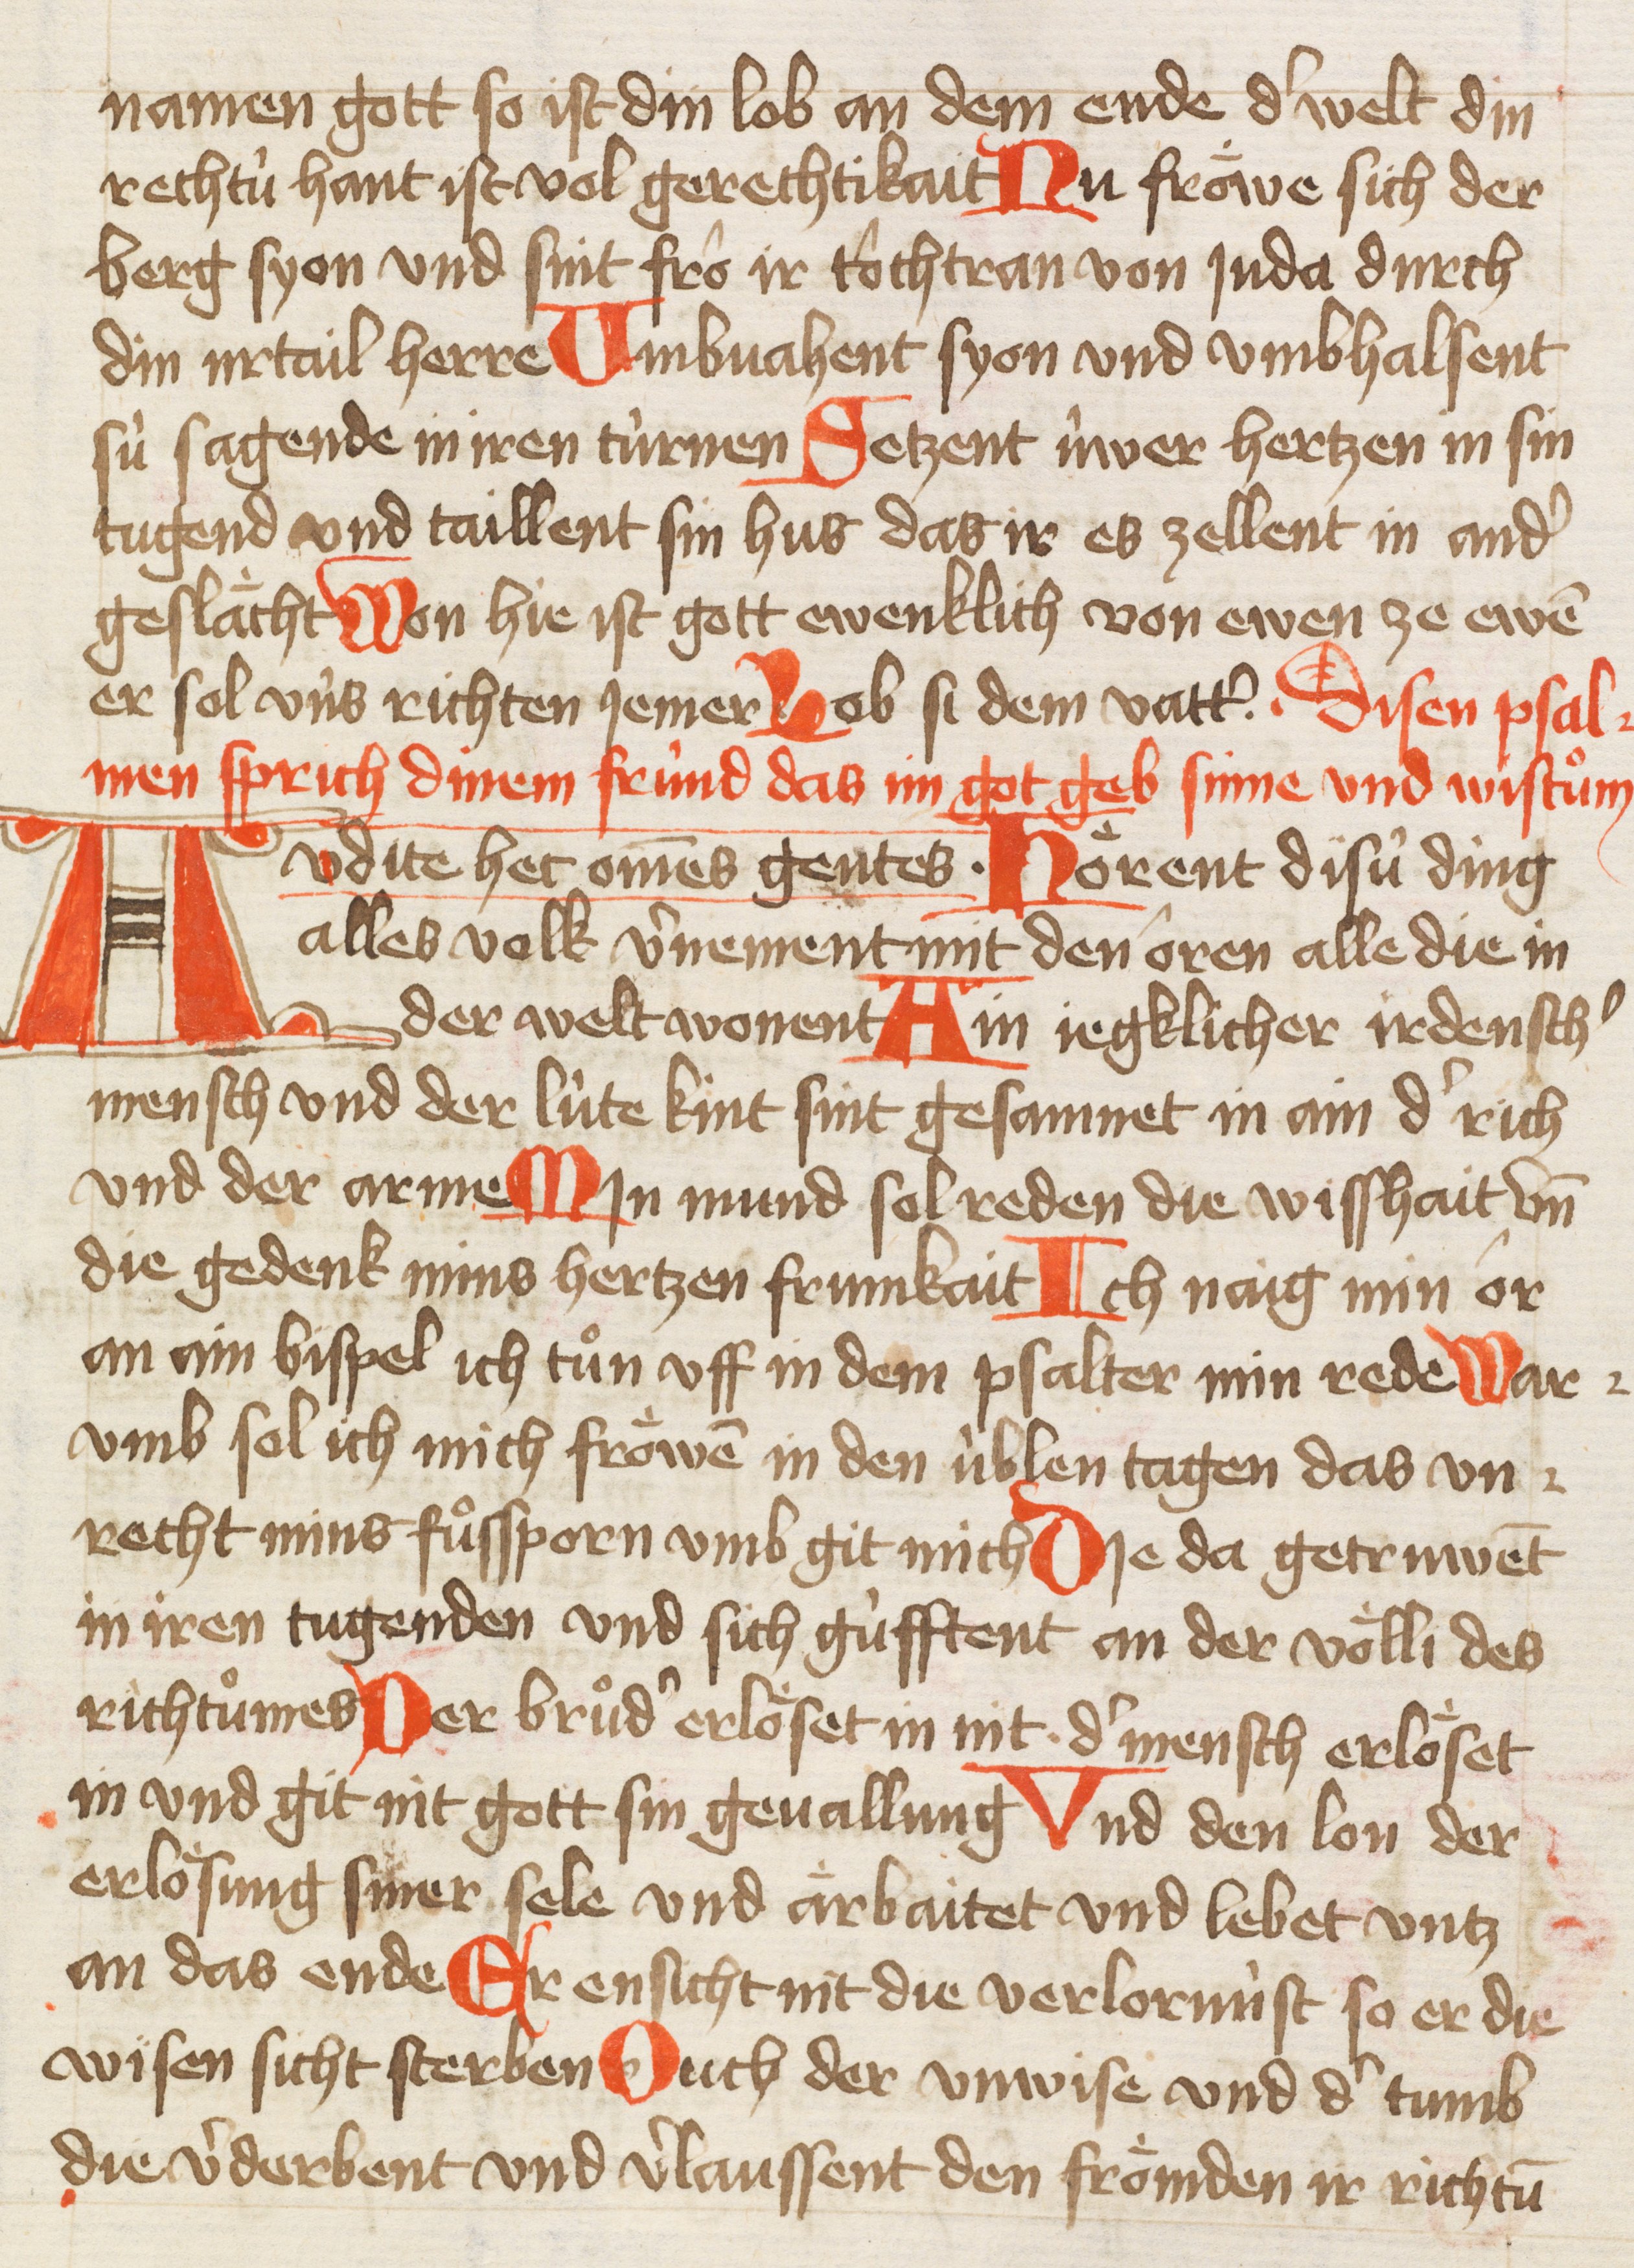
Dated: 1421–1421